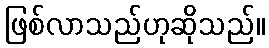
ဖြစ်လာသည်ဟုဆိုသည်။